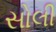
સોલી